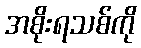
အစိုးရသစ်ကို